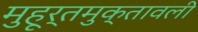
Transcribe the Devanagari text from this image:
मुहूर्तमुक्तावली